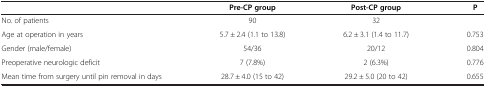
<table><thead><tr><td><b> </b></td><td><b>Pre-CP group</b></td><td><b>Post-CP group</b></td><td><b>P</b></td></tr></thead><tbody><tr><td>No. of patients</td><td>90</td><td>32</td><td> </td></tr><tr><td>Age at operation in years</td><td>5.7 ± 2.4 (1.1 to 13.8)</td><td>6.2 ± 3.1 (1.4 to 11.7)</td><td>0.753</td></tr><tr><td>Gender (male/female)</td><td>54/36</td><td>20/12</td><td>0.804</td></tr><tr><td>Preoperative neurologic deficit</td><td>7 (7.8%)</td><td>2 (6.3%)</td><td>0.776</td></tr><tr><td>Mean time from surgery until pin removal in days</td><td>28.7 ± 4.0 (15 to 42)</td><td>29.2 ± 5.0 (20 to 42)</td><td>0.655</td></tr></tbody></table>